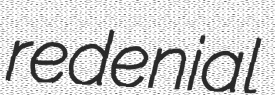
redenial